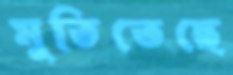
মুতিতেছে